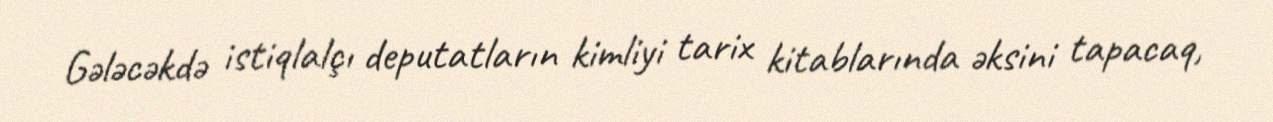
Gələcəkdə istiqlalçı deputatların kimliyi tarix kitablarında əksini tapacaq,